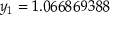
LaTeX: y _ { 1 } = 1 . 0 6 6 8 6 9 3 8 8